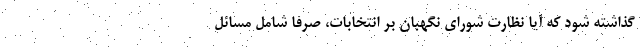
گذاشته شود که آیا نظارت شورای نگهبان بر انتخابات، صرفاً شامل مسائل